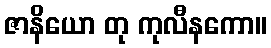
ဇာနိယော တု ကုလီနကော။